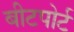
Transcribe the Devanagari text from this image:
बीटपोर्ट